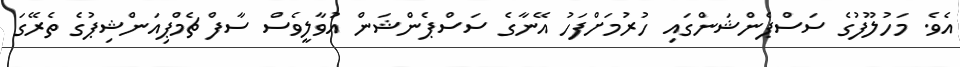
އެވެ. މަހުލޫފުގެ ސަސްޕެންޝަންގައި ހުރުމަށްފަހު އޭނާގެ ސަސްޕެންޝަން އުވާލީވެސް ސާފް ޗެމްޕިއަންޝިޕުގެ ތެރޭގަ